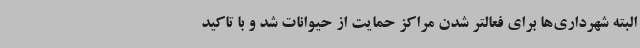
البته شهرداری‌ها برای فعالتر شدن مراکز حمایت از حیوانات شد و با تاکید